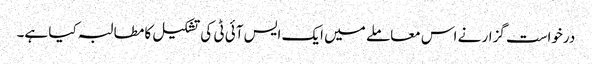
درخواست گزار نے اس معاملے میں ایک ایس آئی ٹی کی تشکیل کا مطالبہ کیا ہے۔